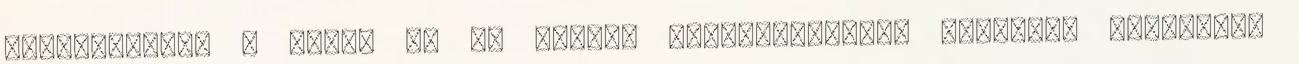
elterjedését a profi és az amatőr sportvilágban. Mindezek érdekében